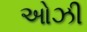
ઓઝી